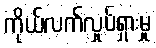
ကိုယ်လက်လှုပ်ရှားမှု